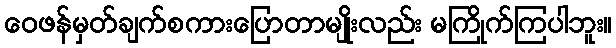
ဝေဖန်မှတ်ချက်စကားပြောတာမျိုးလည်း မကြိုက်ကြပါဘူး။